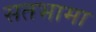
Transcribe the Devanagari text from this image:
सतभामा